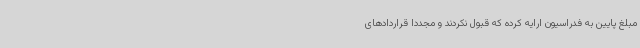
مبلغ پایین به فدراسیون ارایه کرده که قبول نکردند و مجددا قراردادهای